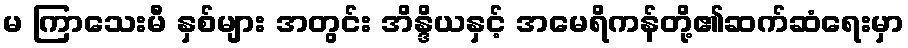
မ ကြာသေးမီ နှစ်များ အတွင်း အိန္ဒိယနှင့် အမေရိကန်တို့၏ဆက်ဆံရေးမှာ